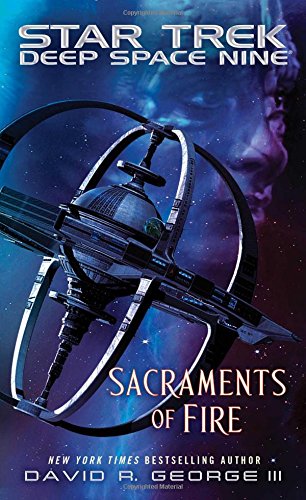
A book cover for Star Trek: Deep Space Nine: Sacraments of Fire; David R. George III; Science Fiction & Fantasy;